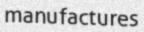
manufactures